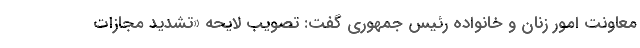
معاونت امور زنان و خانواده رئیس جمهوری گفت: تصویب لایحه «تشدید مجازات